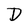
Character: D